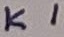
Text: K1